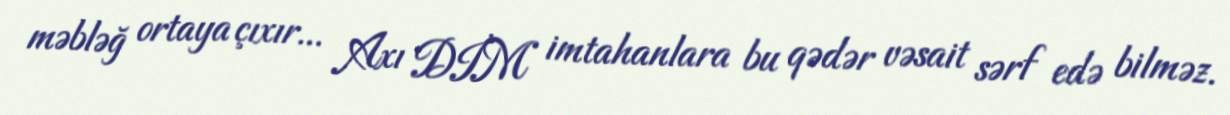
məbləğ ortaya çıxır... Axı DİM imtahanlara bu qədər vəsait sərf edə bilməz.